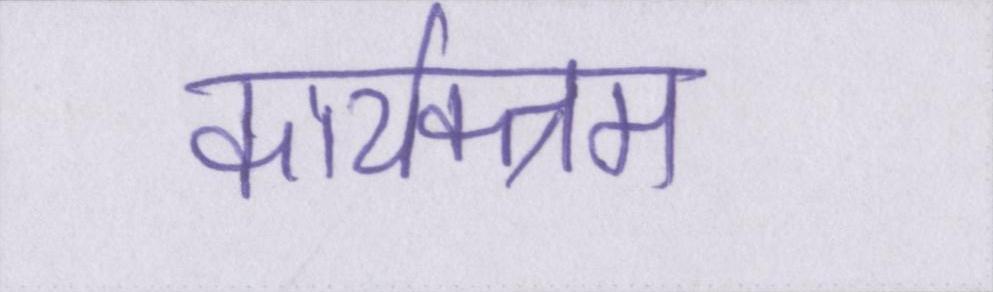
कार्यक्त्रम